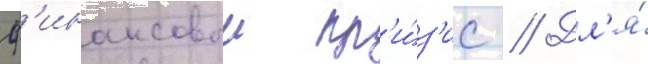
ф'инансовыи кр'и́з'ис // Дл'я́